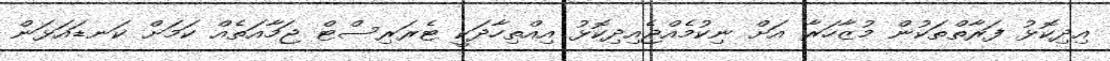
އިދިކޮޅު ފަރާތްތަކުން މުޒާހަރާ އަށް ނިކުމެއްޖެއިދިކޮޅު އިއްތިހާދަކީ ޓެރަރިސްޓް ޖަމާއަތެއް ކަމަށް ކަނޑައަޅަން